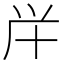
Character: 𠦖